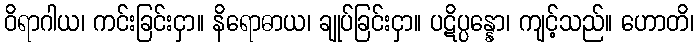
ဝိရာဂါယ၊ ကင်းခြင်းငှာ။ နိရောဓာယ၊ ချုပ်ခြင်းငှာ။ ပဋိပ္ပန္နော၊ ကျင့်သည်။ ဟောတိ၊